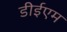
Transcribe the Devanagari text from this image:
डीईएम